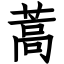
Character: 蒿